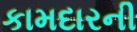
કામદારની